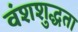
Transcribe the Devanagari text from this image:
वंशशुद्धता